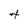
Character: t